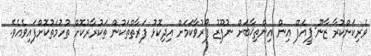
ވެރިކަންކުރާ ޒާނޫ-ޕީއެފް އިން އިންތިޚާބަށް ނުފޫޒު ފޯރުވާކަމަށް އިދިކޮޅު ފަރާތްތަކުން ތަކުރާރުކޮށް ތުހުމަތުކޮށްފައިވެއެވެ.